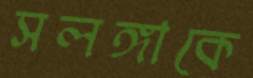
সলঙ্গাকে